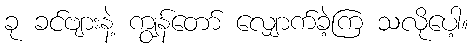
ခု ခင်ဗျားနဲ့ ကျွန်တော် လျှောက်ခဲ့ကြ သလိုပေါ့။